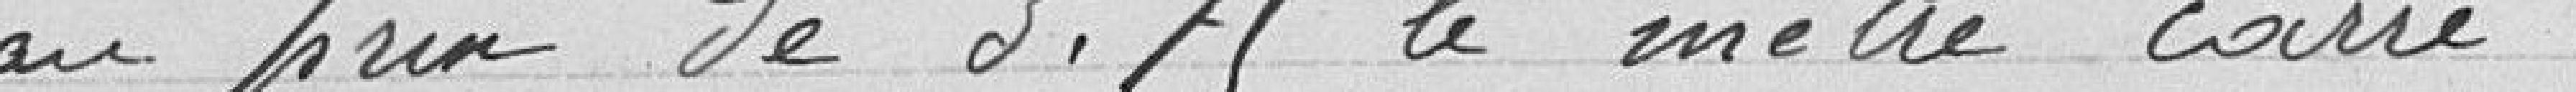
au prix de 3.75 le mètre carré.